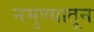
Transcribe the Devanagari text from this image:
नमुण्यातून